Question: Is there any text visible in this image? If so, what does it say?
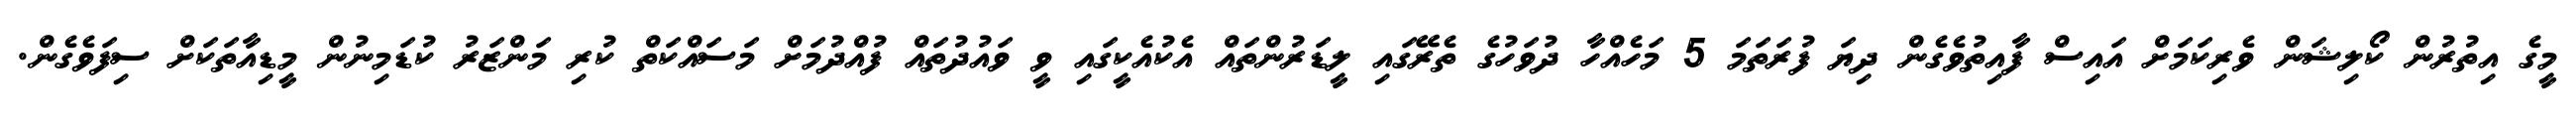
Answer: މީގެ އިތުރުން ކޯލިޝަން ވެރިކަމަށް އައިސް ފާއިތުވެގެން ދިޔަ ފުރަތަމަ 5 މަހެއްހާ ދުވަހުގެ ތެރޭގައި ލީޑަރުންތައް އެކުއެކީގައި ވީ ވައުދުތައް ފުއްދުމަށް މަސައްކަތް ކުރި މަންޒަރު ކުޑަމިނުން މީޑިއާތަކަށް ސިފަވެގެން.